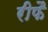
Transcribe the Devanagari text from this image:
रीफै